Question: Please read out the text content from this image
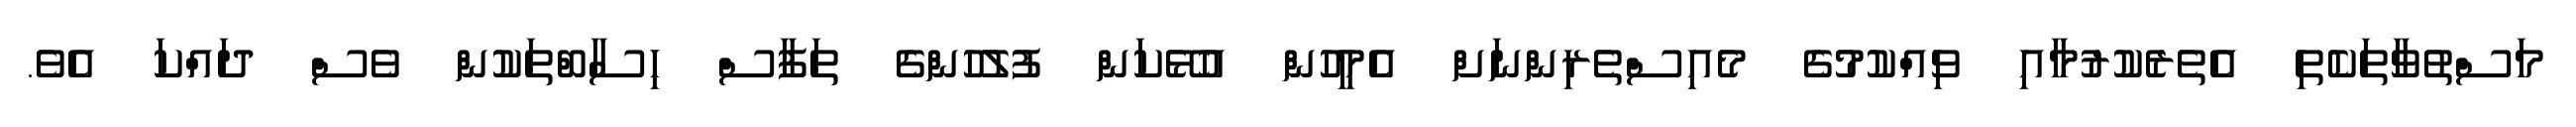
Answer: މަސްތުވާތަކެތި އެތެރެކުރުމާއި ވިއްކުމުގެ މެއިސްތެރިންނަށް އެމީހުން އުޅޭކަން ފުލުހުންގެ ތަފާސް ހިސާބްތަކުން ވެސް ދައްކަ އެވެ.